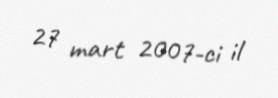
27 mart 2007-ci il